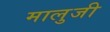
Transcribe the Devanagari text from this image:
मालुजी